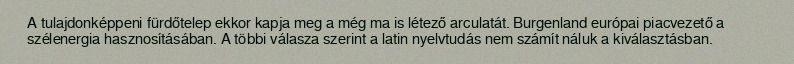
A tulajdonképpeni fürdőtelep ekkor kapja meg a még ma is létező arculatát. Burgenland európai piacvezető a szélenergia hasznosításában. A többi válasza szerint a latin nyelvtudás nem számít náluk a kiválasztásban.